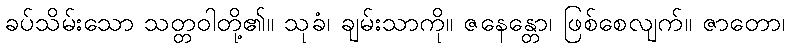
ခပ်သိမ်းသော သတ္တဝါတို့၏။ သုခံ၊ ချမ်းသာကို။ ဇနေန္တော၊ ဖြစ်စေလျက်။ ဇာတော၊